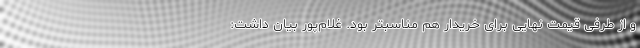
و از طرفی قیمت نهایی برای خریدار هم مناسبتر بود. غلام‌پور بیان داشت: